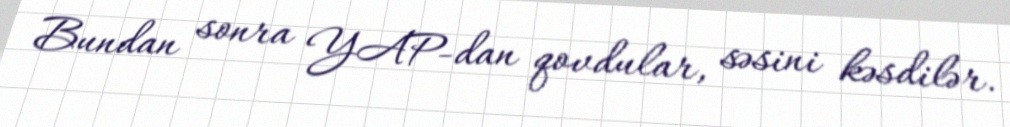
Bundan sonra YAP-dan qovdular, səsini kəsdilər.